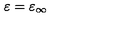
\varepsilon = \varepsilon _ { \infty }